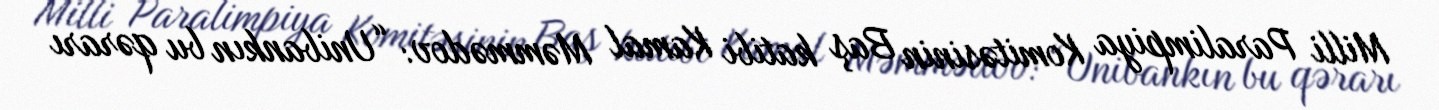
Milli Paralimpiya Komitəsinin Baş katibi Kamal Məmmədov: “Unibankın bu qərarı